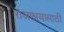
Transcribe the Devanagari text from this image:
राजाश्रयासाठी